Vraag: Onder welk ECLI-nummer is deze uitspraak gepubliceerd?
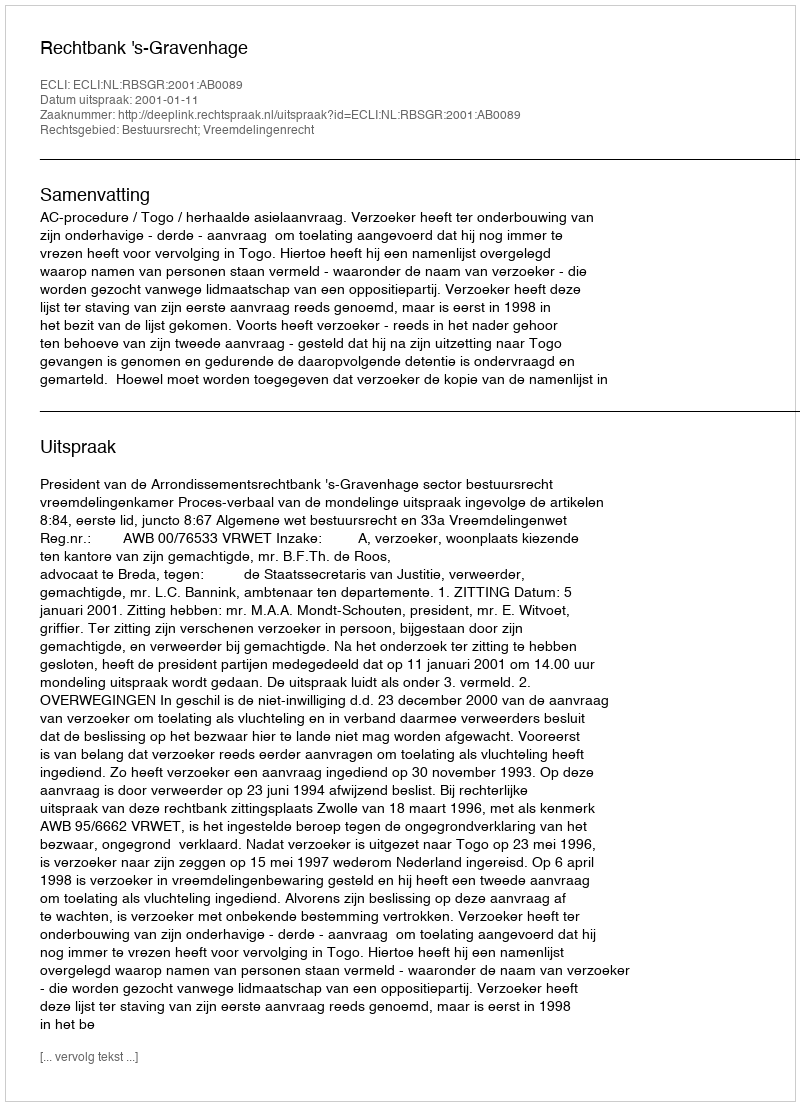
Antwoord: ECLI:NL:RBSGR:2001:AB0089